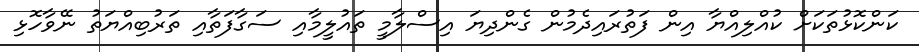
ކަންކޮޅުތަކަށް ކުއްލިއްޔާ އިން ފަތުރައިދެމުން ގެންދިޔަ އިސްލާމީ ތައުލީމާއި ސަގާފަތާއި ތަރުބިއްޔަތު ނޭވާހޮޅި